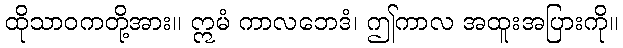
ထိုသာဝကတို့အား။ ဣမံ ကာလဘေဒံ၊ ဤကာလ အထူးအပြားကို။